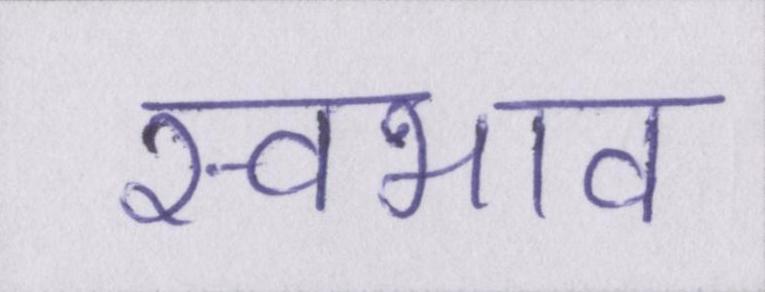
स्वभाव